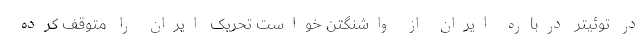
در توئیتر درباره ایران از واشنگتن خواست تحریک ایران را متوقف کرده